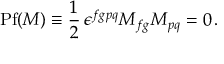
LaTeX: \mathrm { P f } ( M ) \equiv \frac 1 2 \, \epsilon ^ { f g p q } M _ { f g } M _ { p q } = 0 \, .